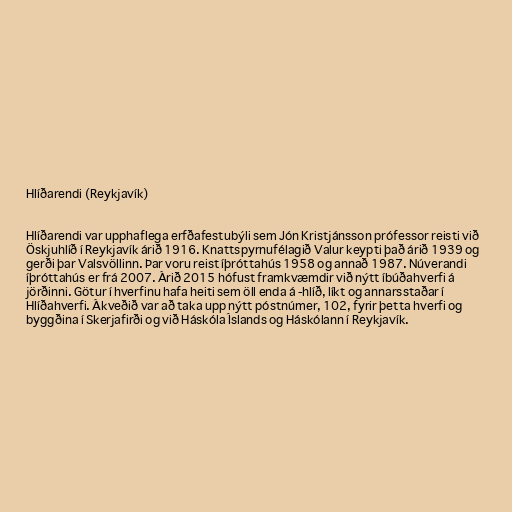
Hlíðarendi (Reykjavík)

Hlíðarendi var upphaflega erfðafestubýli sem Jón Kristjánsson prófessor reisti við
Öskjuhlíð í Reykjavík árið 1916. Knattspyrnufélagið Valur keypti það árið 1939 og
gerði þar Valsvöllinn. Þar voru reist íþróttahús 1958 og annað 1987. Núverandi
íþróttahús er frá 2007. Árið 2015 hófust framkvæmdir við nýtt íbúðahverfi á
jörðinni. Götur í hverfinu hafa heiti sem öll enda á -hlíð, líkt og annarsstaðar í
Hlíðahverfi. Ákveðið var að taka upp nýtt póstnúmer, 102, fyrir þetta hverfi og
byggðina í Skerjafirði og við Háskóla Íslands og Háskólann í Reykjavík.